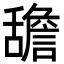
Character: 舚